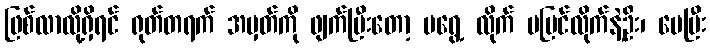
ဖြစ်လာလို့ရှိရင် ရုတ်တရက် အမှတ်ကို ဖျက်ပြီးတော့ မရွေ့ လိုက် မပြင်လိုက်နဲ့ဦး၊ ပေပြီး